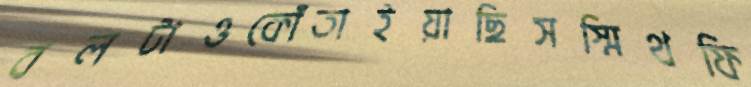
বলটাওকোঁতাইয়াছিসস্মিথফি